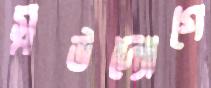
স্বউদ্যোগে